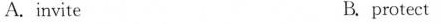
A. invite B. protect